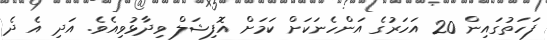
ފަހަތުގައިން 20 އަހަރުގެ އަންހެނަކަށް ކަމަށް އޮފިޝަލް ވިދާޅުވިއެވެ. އަދި އެ ދެ